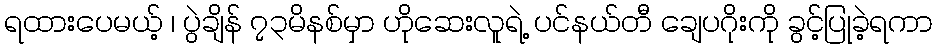
ရထားပေမယ့် ၊ ပွဲချိန် ၇၃မိနစ်မှာ ဟိုဆေးလူရဲ့ ပင်နယ်တီ ချေပဂိုးကို ခွင့်ပြုခဲ့ရကာ